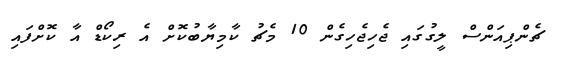
ޗެންޕިއަންސް ލީގުގައި ޖެހިޖެހިގެން 10 މެޗު ކާމިޔާބުކޮށް އެ ރިކޯޑް އާ ކޮށްފައި